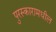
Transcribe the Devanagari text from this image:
पुरस्कारामधील